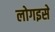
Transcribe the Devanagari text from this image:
लोगइसे